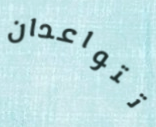
تتواعدان